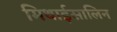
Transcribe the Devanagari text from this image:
मिथाईसालिन